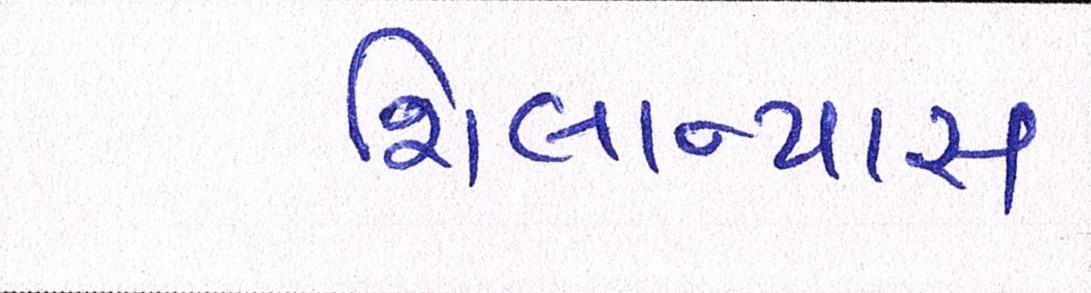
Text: શિલાન્યાસ